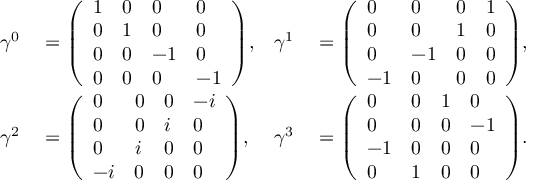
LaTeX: \begin{array} { r l r l } { \gamma ^ { 0 } } & { { } = { \left( \begin{array} { l l l l } { 1 } & { 0 } & { 0 } & { 0 } \\ { 0 } & { 1 } & { 0 } & { 0 } \\ { 0 } & { 0 } & { - 1 } & { 0 } \\ { 0 } & { 0 } & { 0 } & { - 1 } \end{array} \right) } , } & { \gamma ^ { 1 } } & { { } = { \left( \begin{array} { l l l l } { 0 } & { 0 } & { 0 } & { 1 } \\ { 0 } & { 0 } & { 1 } & { 0 } \\ { 0 } & { - 1 } & { 0 } & { 0 } \\ { - 1 } & { 0 } & { 0 } & { 0 } \end{array} \right) } , } \\ { \gamma ^ { 2 } } & { { } = { \left( \begin{array} { l l l l } { 0 } & { 0 } & { 0 } & { - i } \\ { 0 } & { 0 } & { i } & { 0 } \\ { 0 } & { i } & { 0 } & { 0 } \\ { - i } & { 0 } & { 0 } & { 0 } \end{array} \right) } , } & { \gamma ^ { 3 } } & { { } = { \left( \begin{array} { l l l l } { 0 } & { 0 } & { 1 } & { 0 } \\ { 0 } & { 0 } & { 0 } & { - 1 } \\ { - 1 } & { 0 } & { 0 } & { 0 } \\ { 0 } & { 1 } & { 0 } & { 0 } \end{array} \right) } . } \end{array}